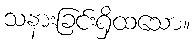
သနားခြင်းရှိထသော။